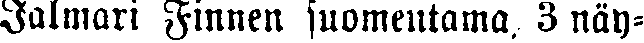
Jalmari Finnen suomentama, 3 näy-